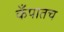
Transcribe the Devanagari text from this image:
कँपातच